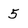
Character: 5